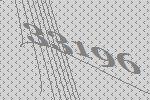
33196